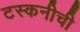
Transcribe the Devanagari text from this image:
टस्कनीची